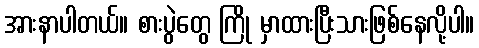
အားနာပါတယ်။ စားပွဲတွေ ကြို မှာထားပြီးသားဖြစ်နေလို့ပါ။